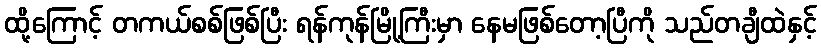
ထို့ကြောင့် တကယ်စစ်ဖြစ်ပြီး ရန်ကုန်မြို့ကြီးမှာ နေမဖြစ်တော့ပြီကို သည်တချီထဲနှင့်